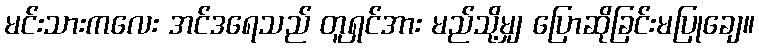
မင်းသားကလေး အင်ဒရေသည် တူရှင်အား မည်သို့မျှ ပြောဆိုခြင်းမပြုချေ။